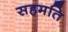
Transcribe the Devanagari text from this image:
सहमति